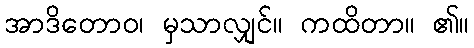
အာဒိတောဝ၊ မှသာလျှင်။ ကထိတာ။ ၏။